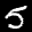
Label: 5